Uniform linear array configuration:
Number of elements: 8
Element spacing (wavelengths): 1
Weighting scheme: binomial
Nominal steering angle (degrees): -45
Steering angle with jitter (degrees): -43.449
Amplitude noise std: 0.05
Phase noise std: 0.05

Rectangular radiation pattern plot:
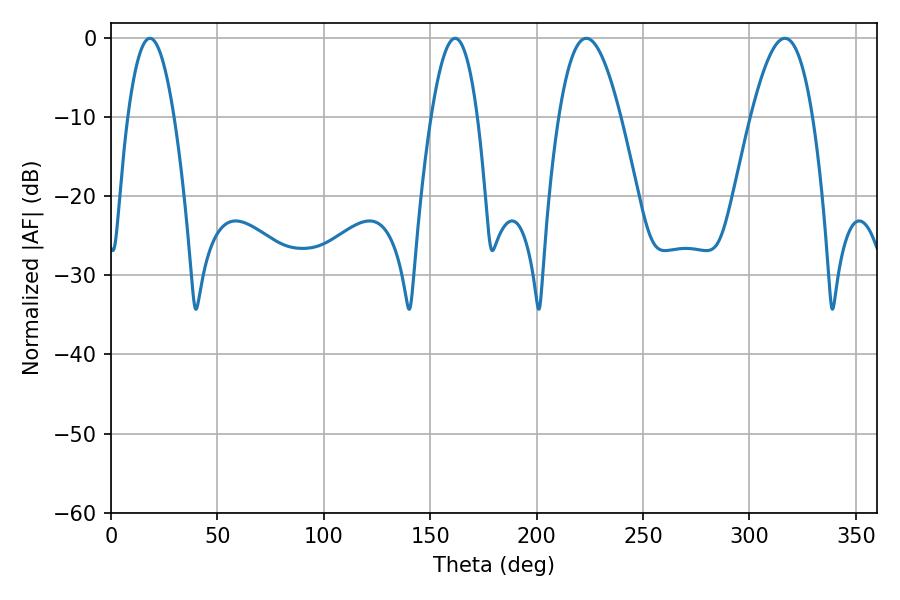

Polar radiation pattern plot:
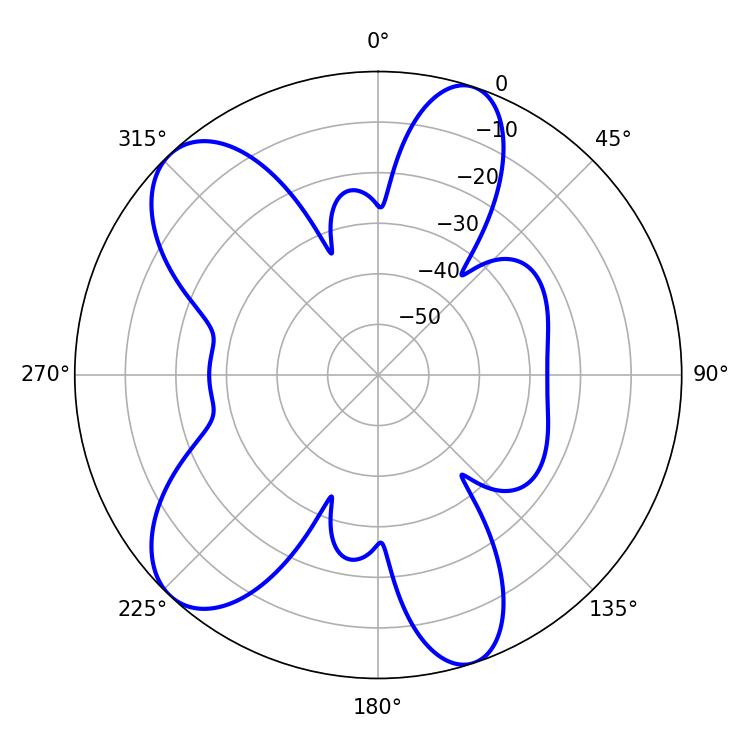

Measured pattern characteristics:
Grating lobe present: TRUE
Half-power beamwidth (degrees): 15.66
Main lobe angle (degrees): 223.38